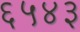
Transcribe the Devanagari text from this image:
६५४३